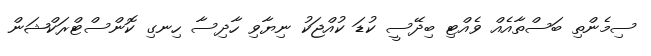
ސިމެންތި ބަސްތާއެއް ވެއްޓި ބިދޭސީ ކުޑަ ކުއްޖަކު ނިޔާވި ހާދިސާ ހިނގި ކޮންސްޓްރަކްޝަން